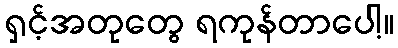
ရှင့်အတုတွေ ရကုန်တာပေါ့။